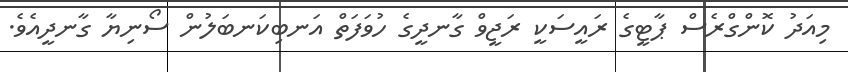
މިއަދު ކޮންގްރެސް ޕާޓީގެ ރައީސަކީ ރަޖީވް ގާނދީގެ ހުވަފަތް އަނބިކަނބަލުން ސޯނިޔާ ގާނދީއެވެ.